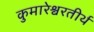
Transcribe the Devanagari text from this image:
कुमारेश्वरतीर्थ